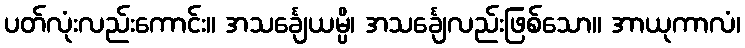
ပတ်လုံးလည်းကောင်း။ အသင်္ချေယမ္ပိ၊ အသင်္ချေလည်းဖြစ်သော။ အာယုကာလံ၊